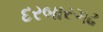
દરબારગઢ